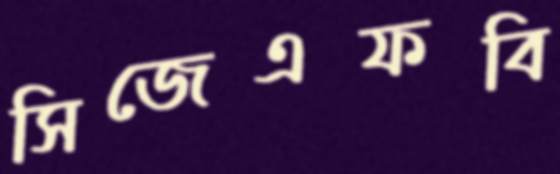
সিজেএফবি